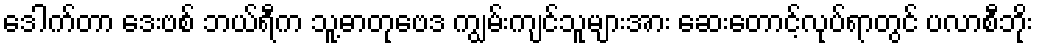
ဒေါက်တာ ဒေးဗစ် ဘယ်ရီက သူ့ဓာတုဗေဒ ကျွမ်းကျင်သူများအား ဆေးတောင့်လုပ်ရာတွင် ပလာစီဘိုး